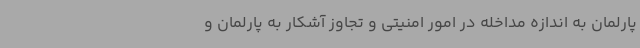
پارلمان به اندازه مداخله در امور امنیتی و تجاوز آشکار به پارلمان و